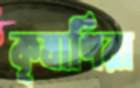
কৃষাণিরা